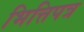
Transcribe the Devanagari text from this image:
भित्तिपत्र